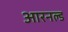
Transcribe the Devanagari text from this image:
आरनल्‍ड